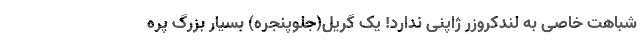
شباهت خاصی به لندکروزر ژاپنی ندارد! یک گریل(جلوپنجره) بسیار بزرگ پره